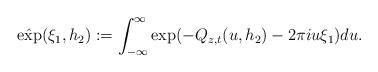
LaTeX: \begin{align*}\hat{\exp}(\xi_1,h_2):=\int_{-\infty}^{\infty}\exp (-Q_{z,t}(u,h_2)-2\pi i u \xi_1) du.\end{align*}